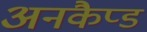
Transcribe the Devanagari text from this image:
अनकैप्ड